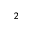
_ { 2 }